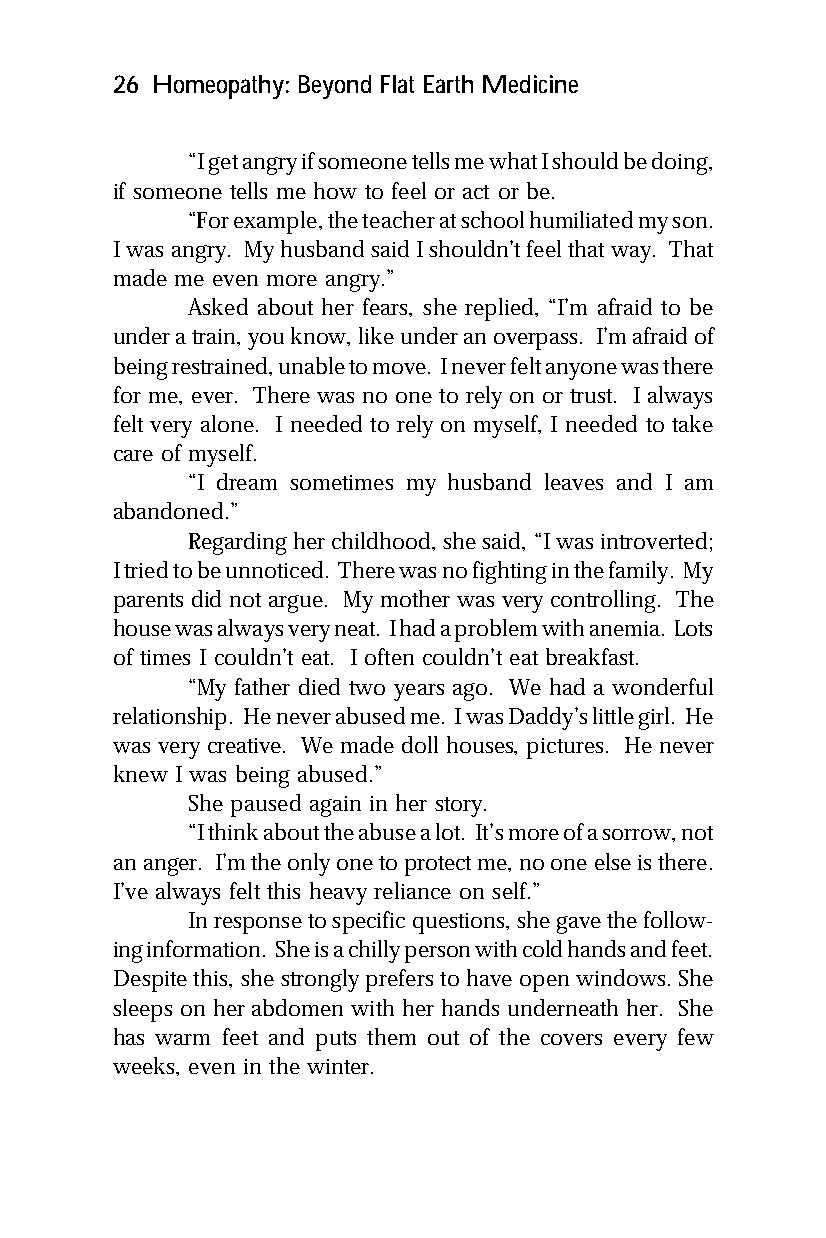
26 Homeopathy: Beyond Flat Earth Medicine
 “I get angry if someone tells me what I should be doing,
 if someone tells me how to feel or act or be.
 “For example, the teacher at school humiliated my son.
 I was angry. My husband said I shouldn’t feel that way. That
 made me even more angry.”
 Asked about her fears, she replied, “I’m afraid to be
 under a train, you know, like under an overpass. I’m afraid of
 being restrained, unable to move. I never felt anyone was there
 for me, ever. There was no one to rely on or trust. I always
 felt very alone. I needed to rely on myself, I needed to take
 care of myself.
 “I dream sometimes my husband leaves and I am
 abandoned.”
 Regarding her childhood, she said, “I was introverted;
 I tried to be unnoticed. There was no fighting in the family. My
 parents did not argue. My mother was very controlling. The
 house was always very neat. I had a problem with anemia. Lots
 of times I couldn’t eat. I often couldn’t eat breakfast.
 “My father died two years ago. We had a wonderful
 relationship. He never abused me. I was Daddy’s little girl. He
 was very creative. We made doll houses, pictures. He never
 knew I was being abused.”
 She paused again in her story.
 “I think about the abuse a lot. It’s more of a sorrow, not
 an anger. I’m the only one to protect me, no one else is there.
 I’ve always felt this heavy reliance on self.”
 In response to specific questions, she gave the follow-
 ing information. She is a chilly person with cold hands and feet.
 Despite this, she strongly prefers to have open windows. She
 sleeps on her abdomen with her hands underneath her. She
 has warm feet and puts them out of the covers every few
 weeks, even in the winter.